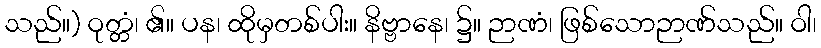
သည်။) ဝုတ္တံ၊ ၏။ ပန၊ ထိုမှတစ်ပါး။ နိဗ္ဗာနေ၊ ၌။ ဉာဏံ၊ ဖြစ်သောဉာဏ်သည်။ ဝါ၊